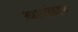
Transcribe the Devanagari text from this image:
व्यामोहाभ